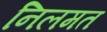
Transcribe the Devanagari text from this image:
निलमत